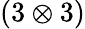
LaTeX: \left(3\otimes 3\right)